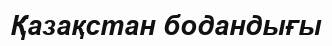
Қазақстан бодандығы